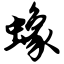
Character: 蟓